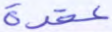
عقدة